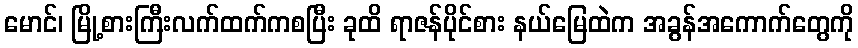
မောင်၊ မြို့စားကြီးလက်ထက်ကစပြီး ခုထိ ရာဇန်ပိုင်စား နယ်မြေထဲက အခွန်အကောက်တွေကို